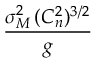
\frac { \sigma _ { M } ^ { 2 } \, ( C _ { n } ^ { 2 } ) ^ { 3 / 2 } } { g }